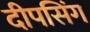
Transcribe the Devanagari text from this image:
दीपसिंग